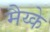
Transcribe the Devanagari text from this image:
मैय्के